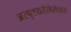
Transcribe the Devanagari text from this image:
अस्पृश्यतेविरोधात